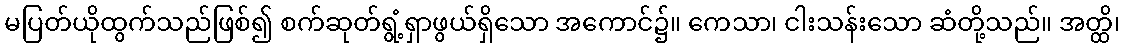
မပြတ်ယိုထွက်သည်ဖြစ်၍ စက်ဆုတ်ရွံ့ရှာဖွယ်ရှိသော အကောင်၌။ ကေသာ၊ ငါးသန်းသော ဆံတို့သည်။ အတ္ထိ၊